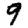
Digit: 9